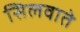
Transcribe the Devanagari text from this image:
सिलवाते